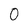
Character: 0